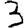
Digit: 3